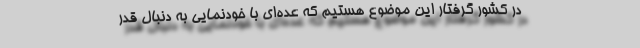
در کشور گرفتار این موضوع هستیم که عده‌ای با خودنمایی به دنبال قدر